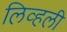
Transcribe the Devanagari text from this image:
लिव्हली